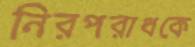
নিরপরাধকে